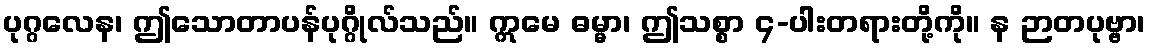
ပုဂ္ဂလေန၊ ဤသောတာပန်ပုဂ္ဂိုလ်သည်။ ဣမေ ဓမ္မာ၊ ဤသစ္စာ ၄-ပါးတရားတို့ကို။ န ဉာတပုဗ္ဗာ၊